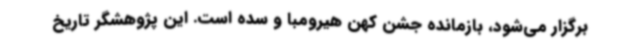
برگزار می‌شود، بازمانده جشن کهن هیرومبا و سده است. این پژوهشگر تاریخ